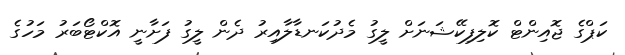
ކަޕްގެ ޖޮއިންޓް ކޮލިފިކޭޝަނަށް ލީގު މެދުކަނޑާލާއިރު ދެން ލީގު ފަށާނީ އޮކްޓޯބަރު މަހުގެ